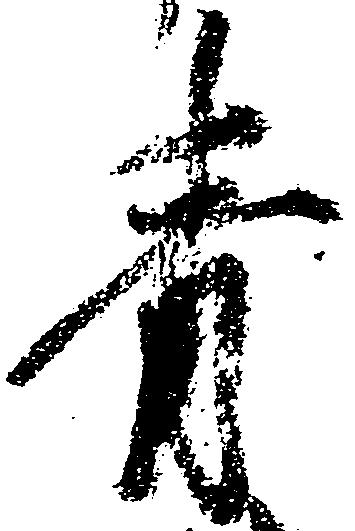
青